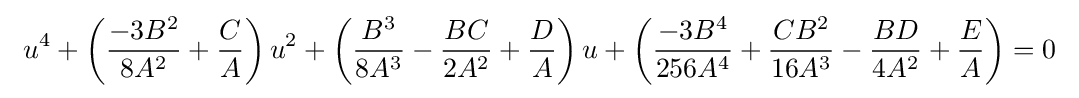
\ u^{4}+\left({-3B^{2} \over 8A^{2}}+{C \over A}\right)u^{2}+\left({B^{3} \over 8A^{3}}-{BC \over 2A^{2}}+{D \over A}\right)u+\left({-3B^{4} \over 256A^{4}}+{CB^{2} \over 16A^{3}}-{BD \over 4A^{2}}+{E \over A}\right)=0\